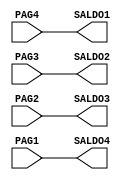
module NovoPagamento(SALDO1, SALDO2, SALDO3, SALDO4, PAG1, PAG2, PAG3, PAG4);
input PAG1, PAG2, PAG3, PAG4;
output SALDO1, SALDO2, SALDO3, SALDO4;
reg SALDO1, SALDO2, SALDO3, SALDO4;

assign SALDO1 = PAG4;
assign SALDO2 = PAG3;
assign SALDO3 = PAG2;
assign SALDO4 = PAG1;

endmodule